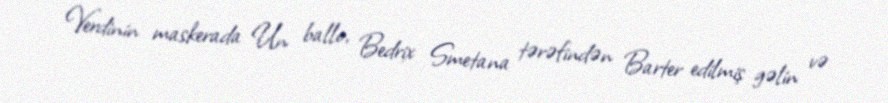
Verdinin maskerada Un ballo, Bedrix Smetana tərəfindən Barter edilmiş gəlin və